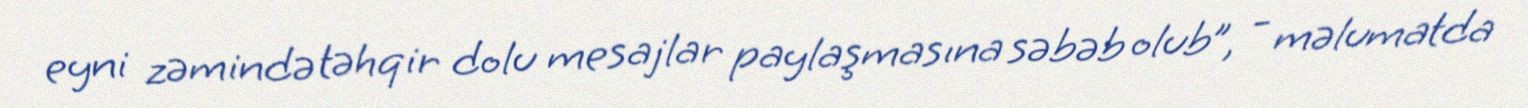
eyni zəmində təhqir dolu mesajlar paylaşmasına səbəb olub”, - məlumatda